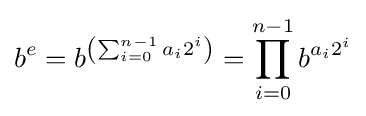
b^{e}=b^{\left(\sum _{i=0}^{n-1}a_{i}2^{i}\right)}=\prod _{i=0}^{n-1}b^{a_{i}2^{i}}